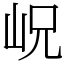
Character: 岲